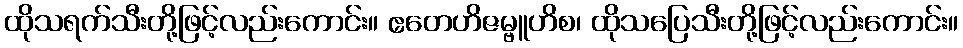
ထိုသရက်သီးတို့ဖြင့်လည်းကောင်း။ ဧတေဟိဇမ္ဗူဟိစ၊ ထိုသပြေသီးတို့ဖြင့်လည်းကောင်း။